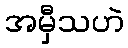
အမှီသဟဲ